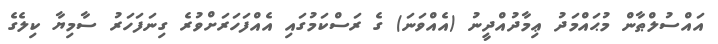
އައްސުލްޠާން މުޙައްމަދު ޢިމާދުއްދީނު (އެއްވަނަ) ގެ ރަސްކަމުގައި އެއްފަހަރަށްވުރެ ގިނަފަހަރު ސާމިޔާ ކިލެގެ